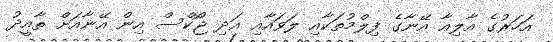
އަހަރުގެ އާލިއާ އޭނާގެ ފިލްމުތަކާއި ލަވައާއި އަދި ޖޯކްސް އިން އޭނާއަށް ތާއީދު